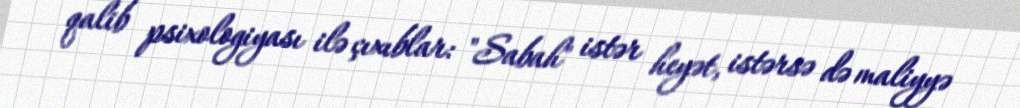
qalib psixologiyası ilə çıxıblar: "Sabah" istər heyət, istərsə də maliyyə